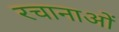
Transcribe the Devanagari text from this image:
रचानाओं